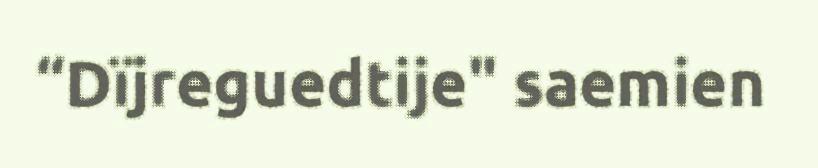
“Dïjreguedtije" saemien